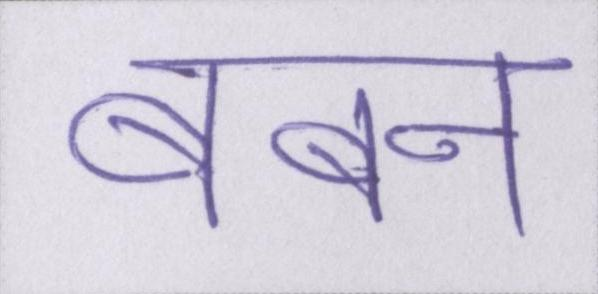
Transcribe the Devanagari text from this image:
बबन